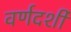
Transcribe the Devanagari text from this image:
वर्णदर्शी